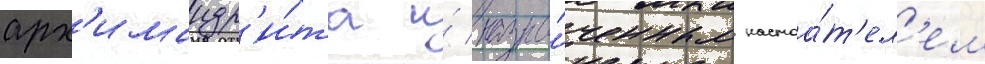
арх'имандр'и́та и́ назна́ченным настоа́т'ел'ем